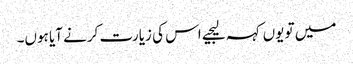
میں تو یوں کہہ لیجیے اس کی زیارت کرنے آیا ہوں۔